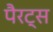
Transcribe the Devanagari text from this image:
पैरट्स